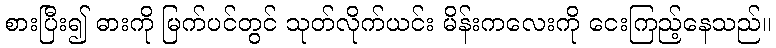
စားပြီး၍ ဓားကို မြက်ပင်တွင် သုတ်လိုက်ယင်း မိန်းကလေးကို ငေးကြည့်နေသည်။